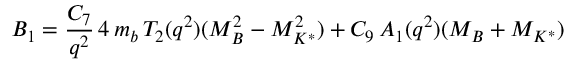
B _ { 1 } = { \frac { C _ { 7 } } { q ^ { 2 } } } \, 4 \, m _ { b } \, T _ { 2 } ( q ^ { 2 } ) ( M _ { B } ^ { 2 } - M _ { K ^ { * } } ^ { 2 } ) + C _ { 9 } \, A _ { 1 } ( q ^ { 2 } ) ( M _ { B } + M _ { K ^ { * } } )